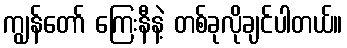
ကျွန်တော် ကြေးနီနဲ့ တစ်ခုလိုချင်ပါတယ်။